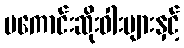
မကောင်းဆိုးဝါးများနှင့်